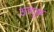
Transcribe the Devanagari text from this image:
अनुग्र